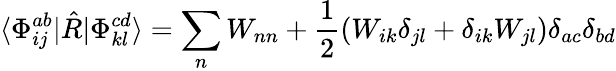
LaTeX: \langle\Phi_{ij}^{ab}|\hat{R}|\Phi_{kl}^{cd}\rangle=\sum_{n}W_{nn}+\frac{1}{2}(W_{ik}\delta_{jl}+\delta_{ik}W_{jl})\delta_{ac}\delta_{bd}